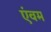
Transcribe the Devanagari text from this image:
एंवम